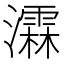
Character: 瀮